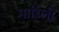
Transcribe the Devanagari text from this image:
मारिली